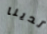
لدينا